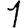
Digit: 1